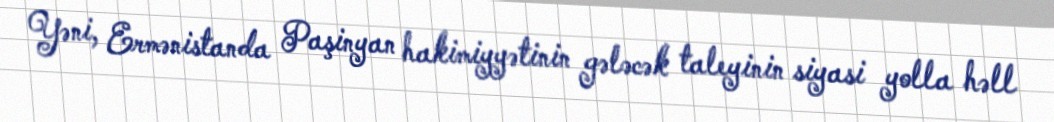
Yəni, Ermənistanda Paşinyan hakimiyyətinin gələcək taleyinin siyasi yolla həll